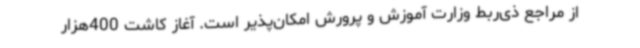
از مراجع ذی‌ربط وزارت آموزش و پرورش امکان‌پذیر است. آغاز کاشت 400هزار